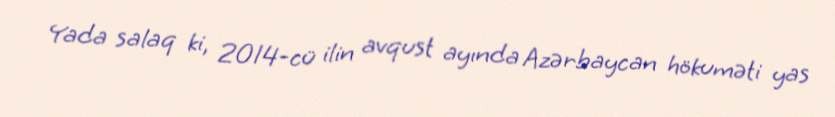
Yada salaq ki, 2014-cü ilin avqust ayında Azərbaycan hökuməti yas